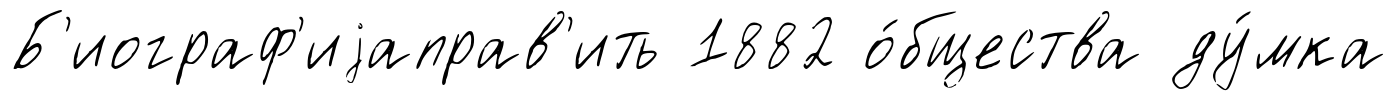
Б'иограф'иjаправ'ить 1882 о́бщества ду́мка